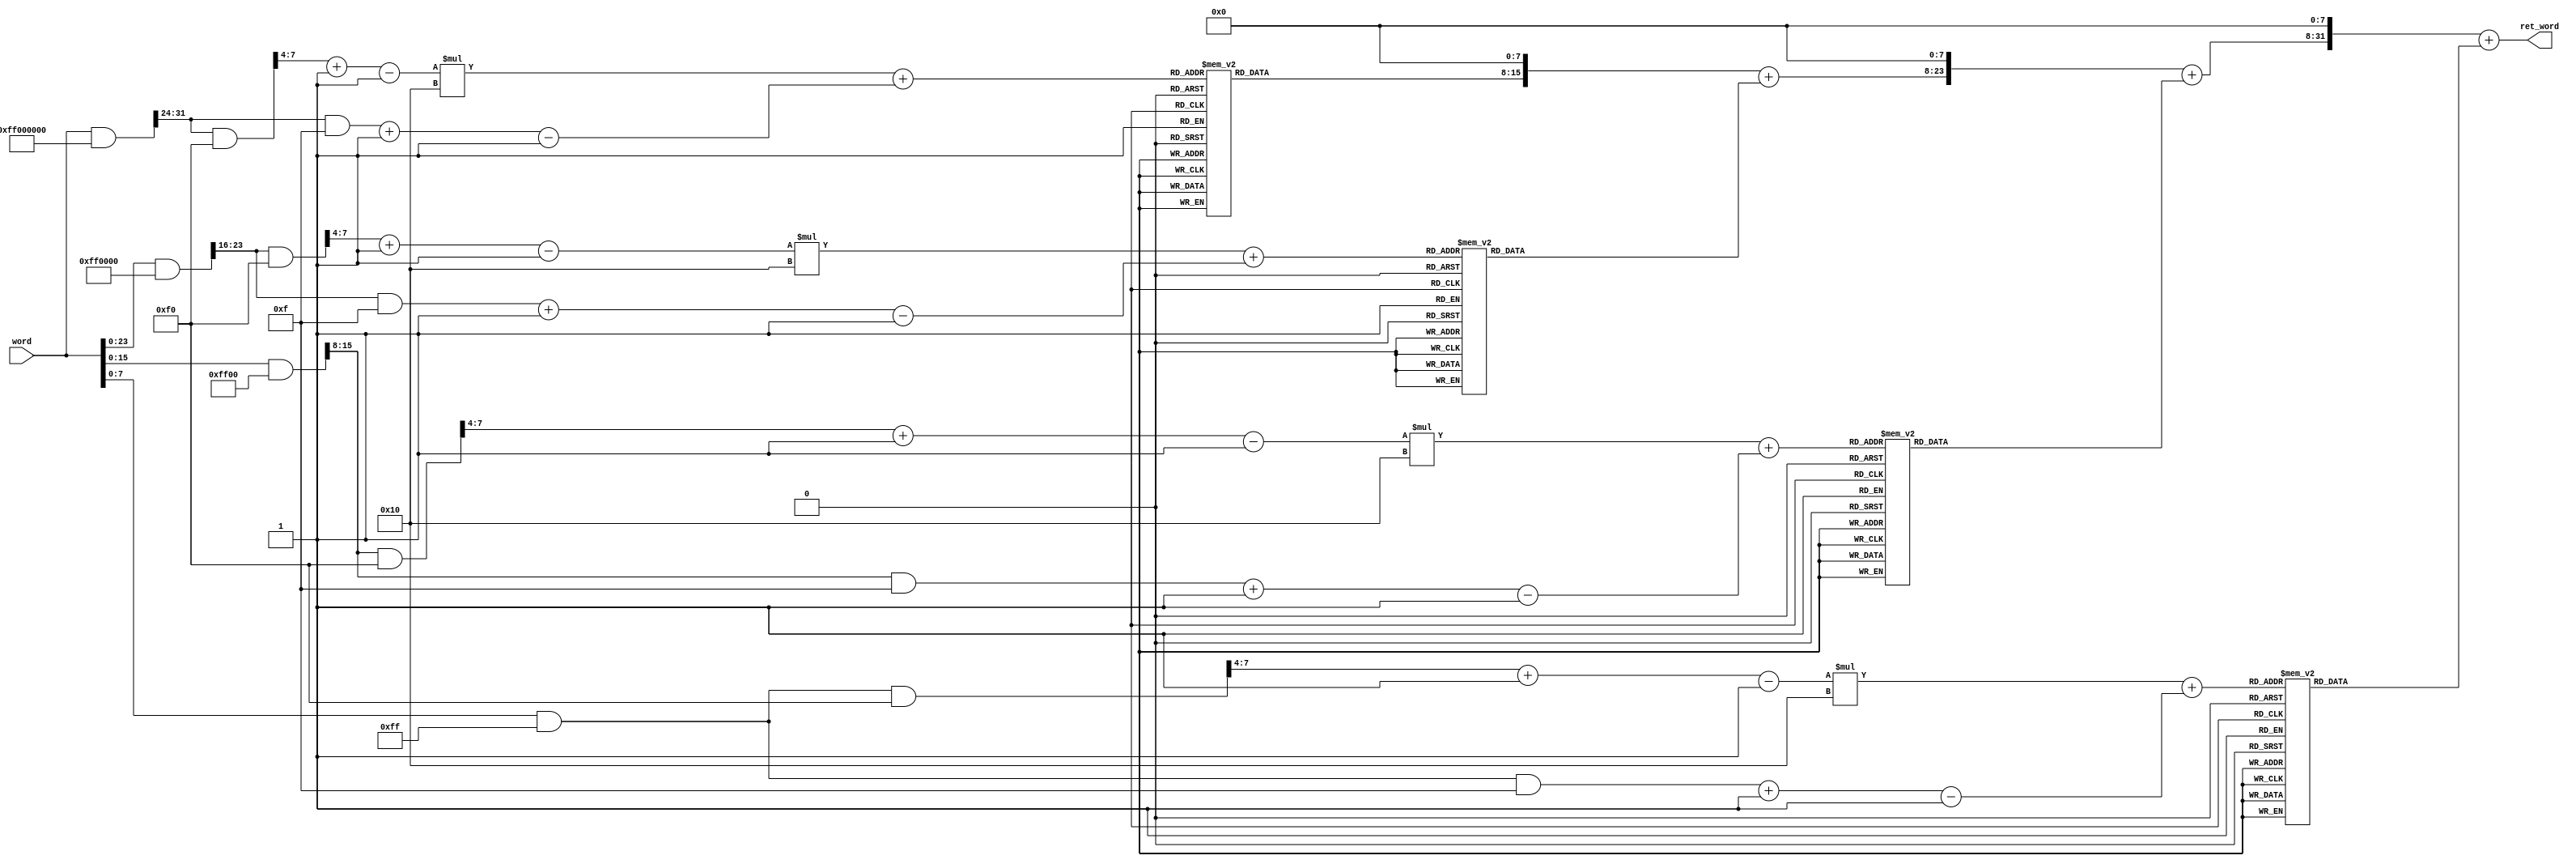
// -------------------------------------------------------------
// 
// 
// Generated by MATLAB 9.9 and HDL Coder 3.17
// 
// -------------------------------------------------------------


// -------------------------------------------------------------
// 
// Module: SubWord
// Source Path: test3/SubWord
// Hierarchy Level: 1
// 
// -------------------------------------------------------------

`timescale 1 ns / 1 ns

module SubWord(word, ret_word);
  input   [31:0] word;  // uint32
  output  [31:0] ret_word;  // uint32

  reg [31:0] ret_word_2;  // uint32
  reg [31:0] ret_word1;  // uint32
  reg [7:0] words [0:3];  // uint32 [4]
  reg [31:0] temp;  // ufix32
  reg [7:0] low_sel;  // uint8
  reg [7:0] high_sel;  // uint8
  reg [31:0] w;  // uint32
  reg [31:0] temp_0;  // ufix32
  reg [31:0] temp_1;  // ufix32
  reg [7:0] low_sel_0;  // uint8
  reg [7:0] high_sel_0;  // uint8
  reg [31:0] w_0;  // uint32
  reg [31:0] temp_2;  // ufix32
  reg [31:0] temp_3;  // ufix32
  reg [7:0] low_sel_1;  // uint8
  reg [7:0] high_sel_1;  // uint8
  reg [31:0] w_1;  // uint32
  reg [31:0] temp_4;  // ufix32
  reg [31:0] temp_5;  // ufix32
  reg [7:0] low_sel_2;  // uint8
  reg [7:0] high_sel_2;  // uint8
  reg [31:0] temp_6;  // ufix32
  reg [31:0] temp_7;  // ufix32
  reg [31:0] temp_8;  // ufix32
  reg [7:0] temp_9;  // ufix8
  reg [7:0] temp_10;  // ufix8
  reg [7:0] temp_11;  // ufix8
  reg [7:0] temp_12;  // ufix8
  reg [31:0] c;  // ufix32
  reg [31:0] c_0;  // ufix32
  reg [31:0] c_1;  // ufix32
  reg [31:0] c_2;  // ufix32
  reg [31:0] c_3;  // ufix32
  reg [31:0] c_4;  // ufix32
  reg [31:0] c_5;  // ufix32
  reg [31:0] c_6;  // ufix32
  reg [31:0] c_7;  // ufix32
  reg [31:0] c_8;  // ufix32
  reg [7:0] c_9;  // ufix8
  reg [7:0] c_10;  // ufix8
  reg [7:0] c_11;  // ufix8
  reg [7:0] c_12;  // ufix8
  reg [31:0] ret_word_0;  // uint32
  reg [31:0] ret_word_1;  // uint32
  reg [7:0] sbox [0:15] [0:15];  // uint8 [16x16]
  reg [7:0] cast;  // uint8
  reg [7:0] add_cast;  // uint8
  reg [7:0] cast_0;  // uint8
  reg signed [31:0] cast_1;  // int32
  reg [7:0] cast_2;  // uint8
  reg [7:0] add_cast_0;  // uint8
  reg [7:0] cast_3;  // uint8
  reg signed [31:0] cast_4;  // int32
  reg [7:0] cast_5;  // uint8
  reg [7:0] add_cast_1;  // uint8
  reg [7:0] cast_6;  // uint8
  reg signed [31:0] cast_7;  // int32
  reg [7:0] cast_8;  // uint8
  reg [7:0] add_cast_2;  // uint8
  reg [7:0] cast_9;  // uint8
  reg signed [31:0] cast_10;  // int32
  reg [31:0] add_temp;  // uint32
  reg [31:0] t_0;  // uint32
  reg [31:0] t_1;  // uint32
  reg signed [31:0] t_2;  // int32
  reg [31:0] t_3;  // uint32
  reg signed [31:0] t_4;  // int32
  reg signed [31:0] t_5;  // int32
  reg [31:0] t_6;  // uint32
  reg signed [31:0] t_7;  // int32
  reg signed [31:0] t_8;  // int32
  reg signed [31:0] t_9;  // int32
  reg signed [31:0] t_10;  // int32
  reg signed [31:0] t_11;  // int32
  reg signed [31:0] t_12;  // int32
  reg signed [31:0] t_13;  // int32
  reg signed [31:0] t_14;  // int32
  reg signed [31:0] t_15;  // int32
  reg signed [31:0] t_16;  // int32
  reg signed [31:0] t_17;  // int32
  reg signed [31:0] t_18;  // int32
  reg signed [31:0] t_19;  // int32
  reg signed [31:0] t_20;  // int32
  reg signed [31:0] t_21;  // int32
  reg signed [31:0] t_22;  // int32
  reg signed [31:0] t_23;  // int32
  reg signed [31:0] t_24;  // int32
  reg signed [31:0] t_25;  // int32
  reg signed [31:0] t_26;  // int32
  reg [31:0] t_27;  // uint32


  always @(word) begin
    sbox[0][32'sd0] = 8'd99;
    sbox[1][32'sd0] = 8'd202;
    sbox[2][32'sd0] = 8'd183;
    sbox[3][32'sd0] = 8'd4;
    sbox[4][32'sd0] = 8'd9;
    sbox[5][32'sd0] = 8'd83;
    sbox[6][32'sd0] = 8'd208;
    sbox[7][32'sd0] = 8'd81;
    sbox[8][32'sd0] = 8'd205;
    sbox[9][32'sd0] = 8'd96;
    sbox[10][32'sd0] = 8'd224;
    sbox[11][32'sd0] = 8'd231;
    sbox[12][32'sd0] = 8'd186;
    sbox[13][32'sd0] = 8'd112;
    sbox[14][32'sd0] = 8'd225;
    sbox[15][32'sd0] = 8'd140;
    sbox[0][32'sd1] = 8'd124;
    sbox[1][32'sd1] = 8'd130;
    sbox[2][32'sd1] = 8'd253;
    sbox[3][32'sd1] = 8'd199;
    sbox[4][32'sd1] = 8'd131;
    sbox[5][32'sd1] = 8'd209;
    sbox[6][32'sd1] = 8'd239;
    sbox[7][32'sd1] = 8'd163;
    sbox[8][32'sd1] = 8'd12;
    sbox[9][32'sd1] = 8'd129;
    sbox[10][32'sd1] = 8'd50;
    sbox[11][32'sd1] = 8'd200;
    sbox[12][32'sd1] = 8'd120;
    sbox[13][32'sd1] = 8'd62;
    sbox[14][32'sd1] = 8'd248;
    sbox[15][32'sd1] = 8'd161;
    sbox[0][32'sd2] = 8'd119;
    sbox[1][32'sd2] = 8'd201;
    sbox[2][32'sd2] = 8'd147;
    sbox[3][32'sd2] = 8'd35;
    sbox[4][32'sd2] = 8'd44;
    sbox[5][32'sd2] = 8'd0;
    sbox[6][32'sd2] = 8'd170;
    sbox[7][32'sd2] = 8'd64;
    sbox[8][32'sd2] = 8'd19;
    sbox[9][32'sd2] = 8'd79;
    sbox[10][32'sd2] = 8'd58;
    sbox[11][32'sd2] = 8'd55;
    sbox[12][32'sd2] = 8'd37;
    sbox[13][32'sd2] = 8'd181;
    sbox[14][32'sd2] = 8'd152;
    sbox[15][32'sd2] = 8'd137;
    sbox[0][32'sd3] = 8'd123;
    sbox[1][32'sd3] = 8'd125;
    sbox[2][32'sd3] = 8'd38;
    sbox[3][32'sd3] = 8'd195;
    sbox[4][32'sd3] = 8'd26;
    sbox[5][32'sd3] = 8'd237;
    sbox[6][32'sd3] = 8'd251;
    sbox[7][32'sd3] = 8'd143;
    sbox[8][32'sd3] = 8'd236;
    sbox[9][32'sd3] = 8'd220;
    sbox[10][32'sd3] = 8'd10;
    sbox[11][32'sd3] = 8'd109;
    sbox[12][32'sd3] = 8'd46;
    sbox[13][32'sd3] = 8'd102;
    sbox[14][32'sd3] = 8'd17;
    sbox[15][32'sd3] = 8'd13;
    sbox[0][32'sd4] = 8'd242;
    sbox[1][32'sd4] = 8'd250;
    sbox[2][32'sd4] = 8'd54;
    sbox[3][32'sd4] = 8'd24;
    sbox[4][32'sd4] = 8'd27;
    sbox[5][32'sd4] = 8'd32;
    sbox[6][32'sd4] = 8'd67;
    sbox[7][32'sd4] = 8'd146;
    sbox[8][32'sd4] = 8'd95;
    sbox[9][32'sd4] = 8'd34;
    sbox[10][32'sd4] = 8'd73;
    sbox[11][32'sd4] = 8'd141;
    sbox[12][32'sd4] = 8'd28;
    sbox[13][32'sd4] = 8'd72;
    sbox[14][32'sd4] = 8'd105;
    sbox[15][32'sd4] = 8'd191;
    sbox[0][32'sd5] = 8'd107;
    sbox[1][32'sd5] = 8'd89;
    sbox[2][32'sd5] = 8'd63;
    sbox[3][32'sd5] = 8'd150;
    sbox[4][32'sd5] = 8'd110;
    sbox[5][32'sd5] = 8'd252;
    sbox[6][32'sd5] = 8'd77;
    sbox[7][32'sd5] = 8'd157;
    sbox[8][32'sd5] = 8'd151;
    sbox[9][32'sd5] = 8'd42;
    sbox[10][32'sd5] = 8'd6;
    sbox[11][32'sd5] = 8'd213;
    sbox[12][32'sd5] = 8'd166;
    sbox[13][32'sd5] = 8'd3;
    sbox[14][32'sd5] = 8'd217;
    sbox[15][32'sd5] = 8'd230;
    sbox[0][32'sd6] = 8'd111;
    sbox[1][32'sd6] = 8'd71;
    sbox[2][32'sd6] = 8'd247;
    sbox[3][32'sd6] = 8'd5;
    sbox[4][32'sd6] = 8'd90;
    sbox[5][32'sd6] = 8'd177;
    sbox[6][32'sd6] = 8'd51;
    sbox[7][32'sd6] = 8'd56;
    sbox[8][32'sd6] = 8'd68;
    sbox[9][32'sd6] = 8'd144;
    sbox[10][32'sd6] = 8'd36;
    sbox[11][32'sd6] = 8'd78;
    sbox[12][32'sd6] = 8'd180;
    sbox[13][32'sd6] = 8'd246;
    sbox[14][32'sd6] = 8'd142;
    sbox[15][32'sd6] = 8'd66;
    sbox[0][32'sd7] = 8'd197;
    sbox[1][32'sd7] = 8'd240;
    sbox[2][32'sd7] = 8'd204;
    sbox[3][32'sd7] = 8'd154;
    sbox[4][32'sd7] = 8'd160;
    sbox[5][32'sd7] = 8'd91;
    sbox[6][32'sd7] = 8'd133;
    sbox[7][32'sd7] = 8'd245;
    sbox[8][32'sd7] = 8'd23;
    sbox[9][32'sd7] = 8'd136;
    sbox[10][32'sd7] = 8'd92;
    sbox[11][32'sd7] = 8'd169;
    sbox[12][32'sd7] = 8'd198;
    sbox[13][32'sd7] = 8'd14;
    sbox[14][32'sd7] = 8'd148;
    sbox[15][32'sd7] = 8'd104;
    sbox[0][32'sd8] = 8'd48;
    sbox[1][32'sd8] = 8'd173;
    sbox[2][32'sd8] = 8'd52;
    sbox[3][32'sd8] = 8'd7;
    sbox[4][32'sd8] = 8'd82;
    sbox[5][32'sd8] = 8'd106;
    sbox[6][32'sd8] = 8'd69;
    sbox[7][32'sd8] = 8'd188;
    sbox[8][32'sd8] = 8'd196;
    sbox[9][32'sd8] = 8'd70;
    sbox[10][32'sd8] = 8'd194;
    sbox[11][32'sd8] = 8'd108;
    sbox[12][32'sd8] = 8'd232;
    sbox[13][32'sd8] = 8'd97;
    sbox[14][32'sd8] = 8'd155;
    sbox[15][32'sd8] = 8'd65;
    sbox[0][32'sd9] = 8'd1;
    sbox[1][32'sd9] = 8'd212;
    sbox[2][32'sd9] = 8'd165;
    sbox[3][32'sd9] = 8'd18;
    sbox[4][32'sd9] = 8'd59;
    sbox[5][32'sd9] = 8'd203;
    sbox[6][32'sd9] = 8'd249;
    sbox[7][32'sd9] = 8'd182;
    sbox[8][32'sd9] = 8'd167;
    sbox[9][32'sd9] = 8'd238;
    sbox[10][32'sd9] = 8'd211;
    sbox[11][32'sd9] = 8'd86;
    sbox[12][32'sd9] = 8'd221;
    sbox[13][32'sd9] = 8'd53;
    sbox[14][32'sd9] = 8'd30;
    sbox[15][32'sd9] = 8'd153;
    sbox[0][32'sd10] = 8'd103;
    sbox[1][32'sd10] = 8'd162;
    sbox[2][32'sd10] = 8'd229;
    sbox[3][32'sd10] = 8'd128;
    sbox[4][32'sd10] = 8'd214;
    sbox[5][32'sd10] = 8'd190;
    sbox[6][32'sd10] = 8'd2;
    sbox[7][32'sd10] = 8'd218;
    sbox[8][32'sd10] = 8'd126;
    sbox[9][32'sd10] = 8'd184;
    sbox[10][32'sd10] = 8'd172;
    sbox[11][32'sd10] = 8'd244;
    sbox[12][32'sd10] = 8'd116;
    sbox[13][32'sd10] = 8'd87;
    sbox[14][32'sd10] = 8'd135;
    sbox[15][32'sd10] = 8'd45;
    sbox[0][32'sd11] = 8'd43;
    sbox[1][32'sd11] = 8'd175;
    sbox[2][32'sd11] = 8'd241;
    sbox[3][32'sd11] = 8'd226;
    sbox[4][32'sd11] = 8'd179;
    sbox[5][32'sd11] = 8'd57;
    sbox[6][32'sd11] = 8'd127;
    sbox[7][32'sd11] = 8'd33;
    sbox[8][32'sd11] = 8'd61;
    sbox[9][32'sd11] = 8'd20;
    sbox[10][32'sd11] = 8'd98;
    sbox[11][32'sd11] = 8'd234;
    sbox[12][32'sd11] = 8'd31;
    sbox[13][32'sd11] = 8'd185;
    sbox[14][32'sd11] = 8'd233;
    sbox[15][32'sd11] = 8'd15;
    sbox[0][32'sd12] = 8'd254;
    sbox[1][32'sd12] = 8'd156;
    sbox[2][32'sd12] = 8'd113;
    sbox[3][32'sd12] = 8'd235;
    sbox[4][32'sd12] = 8'd41;
    sbox[5][32'sd12] = 8'd74;
    sbox[6][32'sd12] = 8'd80;
    sbox[7][32'sd12] = 8'd16;
    sbox[8][32'sd12] = 8'd100;
    sbox[9][32'sd12] = 8'd222;
    sbox[10][32'sd12] = 8'd145;
    sbox[11][32'sd12] = 8'd101;
    sbox[12][32'sd12] = 8'd75;
    sbox[13][32'sd12] = 8'd134;
    sbox[14][32'sd12] = 8'd206;
    sbox[15][32'sd12] = 8'd176;
    sbox[0][32'sd13] = 8'd215;
    sbox[1][32'sd13] = 8'd164;
    sbox[2][32'sd13] = 8'd216;
    sbox[3][32'sd13] = 8'd39;
    sbox[4][32'sd13] = 8'd227;
    sbox[5][32'sd13] = 8'd76;
    sbox[6][32'sd13] = 8'd60;
    sbox[7][32'sd13] = 8'd255;
    sbox[8][32'sd13] = 8'd93;
    sbox[9][32'sd13] = 8'd94;
    sbox[10][32'sd13] = 8'd149;
    sbox[11][32'sd13] = 8'd122;
    sbox[12][32'sd13] = 8'd189;
    sbox[13][32'sd13] = 8'd193;
    sbox[14][32'sd13] = 8'd85;
    sbox[15][32'sd13] = 8'd84;
    sbox[0][32'sd14] = 8'd171;
    sbox[1][32'sd14] = 8'd114;
    sbox[2][32'sd14] = 8'd49;
    sbox[3][32'sd14] = 8'd178;
    sbox[4][32'sd14] = 8'd47;
    sbox[5][32'sd14] = 8'd88;
    sbox[6][32'sd14] = 8'd159;
    sbox[7][32'sd14] = 8'd243;
    sbox[8][32'sd14] = 8'd25;
    sbox[9][32'sd14] = 8'd11;
    sbox[10][32'sd14] = 8'd228;
    sbox[11][32'sd14] = 8'd174;
    sbox[12][32'sd14] = 8'd139;
    sbox[13][32'sd14] = 8'd29;
    sbox[14][32'sd14] = 8'd40;
    sbox[15][32'sd14] = 8'd187;
    sbox[0][32'sd15] = 8'd118;
    sbox[1][32'sd15] = 8'd192;
    sbox[2][32'sd15] = 8'd21;
    sbox[3][32'sd15] = 8'd117;
    sbox[4][32'sd15] = 8'd132;
    sbox[5][32'sd15] = 8'd207;
    sbox[6][32'sd15] = 8'd168;
    sbox[7][32'sd15] = 8'd210;
    sbox[8][32'sd15] = 8'd115;
    sbox[9][32'sd15] = 8'd219;
    sbox[10][32'sd15] = 8'd121;
    sbox[11][32'sd15] = 8'd8;
    sbox[12][32'sd15] = 8'd138;
    sbox[13][32'sd15] = 8'd158;
    sbox[14][32'sd15] = 8'd223;
    sbox[15][32'sd15] = 8'd22;
    // did not mess with indexing
    //sub byte
    //uint8_t words[4] = { 0 };
    //     words = uint8(zeros(1,4));
    // 	words = BreakWordDown(words, word);
    temp = word & 32'd4278190080;
    c = temp >> 8'd24;
    //ascii numbering
    t_7 = c;
    cast = t_7[7:0];
    t_8 = {24'b0, cast};
    t_9 = t_8 & 32'sd15;
    add_cast = t_9[7:0];
    low_sel = add_cast + 8'd1;
    t_10 = c;
    cast_0 = t_10[7:0];
    t_11 = {24'b0, cast_0};
    cast_1 = t_11 & 32'sd240;
    temp_9 = cast_1[7:0];
    c_9 = temp_9 >> 8'd4;
    high_sel = c_9 + 8'b00000001;
    words[3] = sbox[$signed({1'b0, high_sel}) - 32'sd1][$signed({1'b0, low_sel}) - 32'sd1];
    temp_0 = word & 32'd16711680;
    c_0 = temp_0 <<< 8'd8;
    w = c_0;
    temp_1 = w;
    c_1 = temp_1 >> 8'd24;
    //ascii numbering
    t_12 = c_1;
    cast_2 = t_12[7:0];
    t_13 = {24'b0, cast_2};
    t_14 = t_13 & 32'sd15;
    add_cast_0 = t_14[7:0];
    low_sel_0 = add_cast_0 + 8'd1;
    t_15 = c_1;
    cast_3 = t_15[7:0];
    t_16 = {24'b0, cast_3};
    cast_4 = t_16 & 32'sd240;
    temp_10 = cast_4[7:0];
    c_10 = temp_10 >> 8'd4;
    high_sel_0 = c_10 + 8'b00000001;
    words[2] = sbox[$signed({1'b0, high_sel_0}) - 32'sd1][$signed({1'b0, low_sel_0}) - 32'sd1];
    t_1 = word & 32'd65280;
    t_2 = t_1;
    temp_2 = t_2;
    c_2 = temp_2 <<< 8'd16;
    w_0 = c_2;
    temp_3 = w_0;
    c_3 = temp_3 >> 8'd24;
    //ascii numbering
    t_17 = c_3;
    cast_5 = t_17[7:0];
    t_18 = {24'b0, cast_5};
    t_19 = t_18 & 32'sd15;
    add_cast_1 = t_19[7:0];
    low_sel_1 = add_cast_1 + 8'd1;
    t_20 = c_3;
    cast_6 = t_20[7:0];
    t_21 = {24'b0, cast_6};
    cast_7 = t_21 & 32'sd240;
    temp_11 = cast_7[7:0];
    c_11 = temp_11 >> 8'd4;
    high_sel_1 = c_11 + 8'b00000001;
    words[1] = sbox[$signed({1'b0, high_sel_1}) - 32'sd1][$signed({1'b0, low_sel_1}) - 32'sd1];
    t_3 = word & 32'd255;
    t_4 = t_3;
    temp_4 = t_4;
    c_4 = temp_4 <<< 8'd24;
    w_1 = c_4;
    temp_5 = w_1;
    c_5 = temp_5 >> 8'd24;
    //ascii numbering
    t_22 = c_5;
    cast_8 = t_22[7:0];
    t_23 = {24'b0, cast_8};
    t_24 = t_23 & 32'sd15;
    add_cast_2 = t_24[7:0];
    low_sel_2 = add_cast_2 + 8'd1;
    t_25 = c_5;
    cast_9 = t_25[7:0];
    t_26 = {24'b0, cast_9};
    cast_10 = t_26 & 32'sd240;
    temp_12 = cast_10[7:0];
    c_12 = temp_12 >> 8'd4;
    high_sel_2 = c_12 + 8'b00000001;
    words[0] = sbox[$signed({1'b0, high_sel_2}) - 32'sd1][$signed({1'b0, low_sel_2}) - 32'sd1];
    temp_6 = {24'b0, words[3]};
    c_6 = temp_6 <<< 8'd8;
    ret_word1 = c_6;
    t_27 = {24'b0, words[2]};
    add_temp = ret_word1 + t_27;
    t_5 = add_temp;
    temp_7 = t_5;
    c_7 = temp_7 <<< 8'd8;
    ret_word_0 = c_7;
    t_6 = {24'b0, words[1]};
    temp_8 = ret_word_0 + t_6;
    c_8 = temp_8 <<< 8'd8;
    ret_word_1 = c_8;
    t_0 = {24'b0, words[0]};
    ret_word_2 = ret_word_1 + t_0;
  end



  assign ret_word = ret_word_2;

endmodule  // SubWord